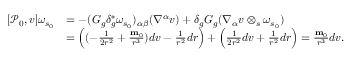
\begin{array} { r l } { [ \mathcal { P } _ { 0 } , v ] \omega _ { s _ { 0 } } } & { = - ( G _ { g } \delta _ { g } ^ { * } \omega _ { s _ { 0 } } ) _ { \alpha \beta } ( \nabla ^ { \alpha } v ) + \delta _ { g } G _ { g } ( \nabla _ { \alpha } v \otimes _ { s } \omega _ { s _ { 0 } } ) } \\ & { = \Big ( ( - \frac { 1 } { 2 r ^ { 2 } } + \frac { \mathbf { m } _ { 0 } } { r ^ { 3 } } ) d v - \frac { 1 } { r ^ { 2 } } d r \Big ) + \Big ( \frac { 1 } { 2 r ^ { 2 } } d v + \frac { 1 } { r ^ { 2 } } d r \Big ) = \frac { \mathbf { m } _ { 0 } } { r ^ { 3 } } d v . } \end{array}